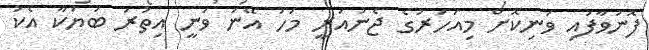
ފޮނުވާފައި ވަނިކޮށް މިއަހަރުގެ ޖެނުއަރީ މަހު އޭނަ ވަނީ އިތުރު ބަޔަކާ އެކު